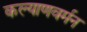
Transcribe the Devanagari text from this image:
कल्याणवर्मन